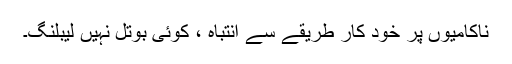
ناکامیوں پر خود کار طریقے سے انتباہ ، کوئی بوتل نہیں لیبلنگ۔